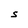
Character: S